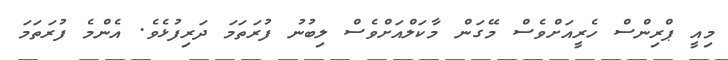
މިއީ ޕްރިންސް ހެރީއަށްވެސް މޭގަން މާކަލްއަށްވެސް ލިބުނު ފުރަތަމަ ދަރިފުޅެވެ. އެންމެ ފުރަތަމަ